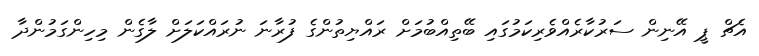
އެޗް ޕީ އޭނިން ސަރުކާރެއްވެރިކަމުގައި ބޭތިއްބުމަށް ރައްޔިތުންގެ ފުރާނަ ނުރައްކަލަށް ލާގެން މިހިންގަމުންދާ